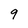
Character: 9